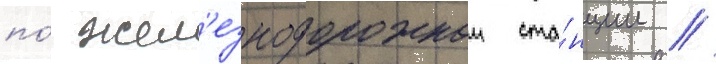
по́ жел'езнодорожнои ста́нции //